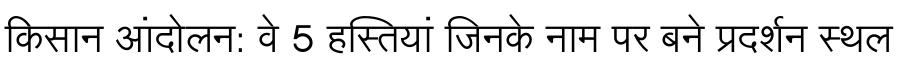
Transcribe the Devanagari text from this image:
किसान आंदोलन: वे 5 हस्तियां जिनके नाम पर बने प्रदर्शन स्थल